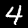
Digit: 4